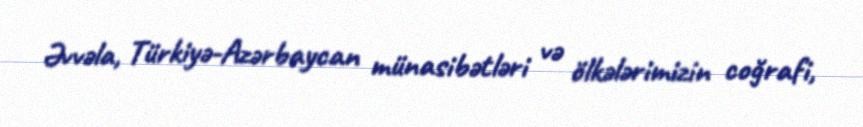
Əvvəla, Türkiyə-Azərbaycan münasibətləri və ölkələrimizin coğrafi,